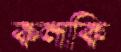
কলকি